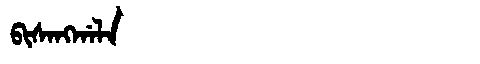
Manchu: ᠪᡳᠰᠠᠩᡤᠠᠯᠠ
Romanization: BISANGGALA